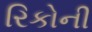
રિકોની